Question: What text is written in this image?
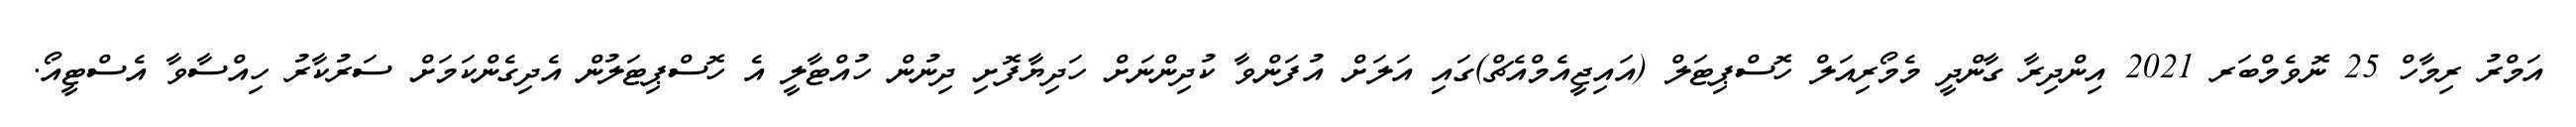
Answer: އަމްރު ރިމާހް 25 ނޮވެމްބަރ 2021 އިންދިރާ ގާންދީ މެމޯރިއަލް ހޮސްޕިޓަލް (އައިޖީއެމްއެޗް)ގައި އަލަށް އުފަންވާ ކުދިންނަށް ހަދިޔާފޮށި ދިނުން ހުއްޓާލީ އެ ހޮސްޕިޓަލުން އެދިގެންކަމަށް ސަރުކާރު ހިއްސާވާ އެސްޓީއޯ.